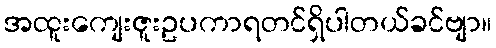
အထူးကျေးဇူးဥပကာရတင်ရှိပါတယ်ခင်ဗျာ။